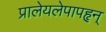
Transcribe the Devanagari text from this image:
प्रालेयलेपापहृन्